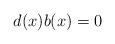
LaTeX: \begin{align*}d(x)b(x)=0\end{align*}